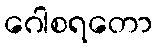
ဂေါစရတော